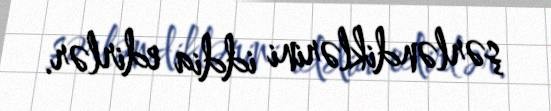
şərləndiklərini iddia edirlər.